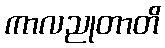
ကာလညုတာတိ